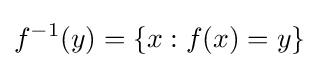
f^{-1}(y)=\{x\mathrel {:} f(x)=y\}